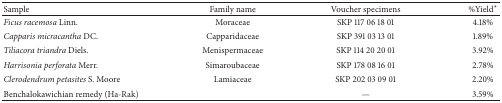
<table><thead><tr><td><b>Sample</b></td><td><b>Family name</b></td><td><b>Voucher specimens </b></td><td><b>%Yield<sup>*</sup></b></td></tr></thead><tbody><tr><td><i>Ficus racemosa</i> Linn.</td><td>Moraceae</td><td>SKP 117 06 18 01</td><td>4.18%</td></tr><tr><td><i>Capparis micracantha</i> DC.</td><td>Capparidaceae</td><td>SKP 391 03 13 01</td><td>1.89%</td></tr><tr><td><i>Tiliacora triandra</i> Diels.</td><td>Menispermaceae</td><td>SKP 114 20 20 01</td><td>3.92%</td></tr><tr><td><i>Harrisonia perforata</i> Merr.</td><td>Simaroubaceae</td><td>SKP 178 08 16 01</td><td>2.78%</td></tr><tr><td><i>Clerodendrum petasites</i> S. Moore</td><td>Lamiaceae</td><td>SKP 202 03 09 01</td><td>2.20%</td></tr><tr><td>Benchalokawichian remedy (Ha-Rak)</td><td> </td><td>—</td><td>3.59%</td></tr></tbody></table>